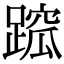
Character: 䠚